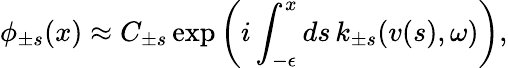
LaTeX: \phi_{\pm s}(x)\approx C_{\pm s}\exp\left(i\int_{-\epsilon}^{x}ds\, k_{\pm s}(v(s),\omega)\right),